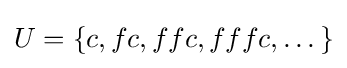
U=\{c,fc,ffc,fffc,\dots \}